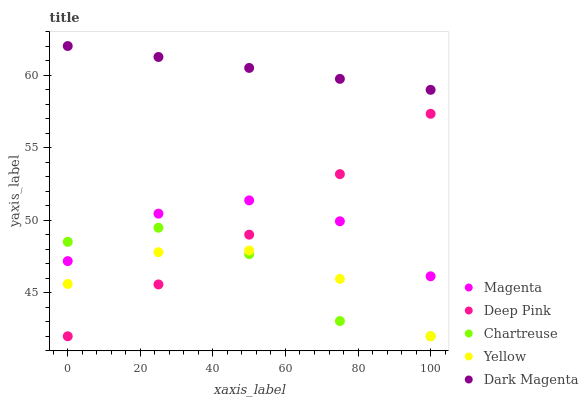
| xaxis_label | Magenta | Deep Pink | Chartreuse | Yellow | Dark Magenta |
 | --- | --- | --- | --- | --- | --- |
 | 0 | 47.2 | 42 | 48.5 | 45.6 | 62 |
 | 25 | 50.4 | 45.6 | 49.5 | 47.8 | 61.2 |
 | 50 | 51.4 | 49 | 47.7 | 47.9 | 60.5 |
 | 75 | 49.9 | 53.2 | 43 | 46 | 59.7 |
 | 100 | 46.1 | 57.3 | 42 | 42 | 59 |